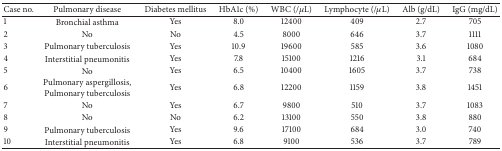
<table><thead><tr><td><b>Case no.</b></td><td><b>Pulmonary disease</b></td><td><b>Diabetes mellitus</b></td><td><b>HbA1c (%)</b></td><td><b>WBC (/<i>μ</i>L)</b></td><td><b>Lymphocyte (/<i>μ</i>L)</b></td><td><b>Alb (g/dL)</b></td><td><b>IgG (mg/dL)</b></td></tr></thead><tbody><tr><td>1</td><td>Bronchial asthma</td><td>Yes</td><td>8.0</td><td>12400</td><td>409</td><td>2.7</td><td>705</td></tr><tr><td>2</td><td>No</td><td>No</td><td>4.5</td><td>8000</td><td>646</td><td>3.7</td><td>1111</td></tr><tr><td>3</td><td>Pulmonary tuberculosis</td><td>Yes</td><td>10.9</td><td>19600</td><td>585</td><td>3.6</td><td>1080</td></tr><tr><td>4</td><td>Interstitial pneumonitis</td><td>Yes</td><td>7.8</td><td>15100</td><td>1216</td><td>3.1</td><td>684</td></tr><tr><td>5</td><td>No</td><td>Yes</td><td>6.5</td><td>10400</td><td>1605</td><td>3.7</td><td>738</td></tr><tr><td>6</td><td>Pulmonary aspergillosis, Pulmonary tuberculosis</td><td>Yes</td><td>6.8</td><td>12200</td><td>1159</td><td>3.8</td><td>1451</td></tr><tr><td>7</td><td>No</td><td>Yes</td><td>6.7</td><td>9800</td><td>510</td><td>3.7</td><td>1083</td></tr><tr><td>8</td><td>No</td><td>No</td><td>6.2</td><td>13100</td><td>550</td><td>3.8</td><td>880</td></tr><tr><td>9</td><td>Pulmonary tuberculosis</td><td>Yes</td><td>9.6</td><td>17100</td><td>684</td><td>3.0</td><td>740</td></tr><tr><td>10</td><td>Interstitial pneumonitis</td><td>Yes</td><td>6.8</td><td>9100</td><td>536</td><td>3.7</td><td>789</td></tr></tbody></table>